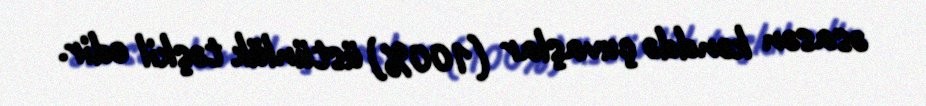
əsasən kənddə çuvaşlar (100%) üstünlük təşkil edir.